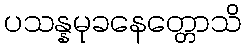
ပသန္နမုခနေတ္တောသိ